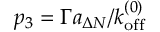
p _ { 3 } = \Gamma a _ { \Delta N } / { k _ { \mathrm { o f f } } ^ { ( 0 ) } }